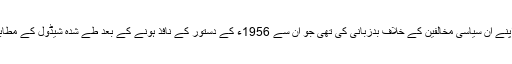
ویسے تو اسکندر مرزا نے سب سے پہلے اپنے اُن سیاسی مخالفین کے خلاف بدزبانی کی تھی جو اُن سے 1956ء کے دستور کے نافذ ہونے کے بعد طے شدہ شیڈول کے مطابق بروقت انتخابات کا مطالبہ کررہے تھے۔